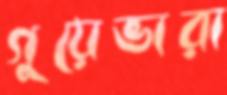
গুয়েভারা